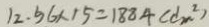
1 2 . 5 6 \times 1 5 = 1 8 8 4 ( d m ^ { 2 } )